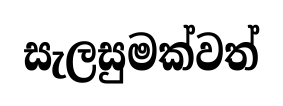
සැලසුමක්වත්